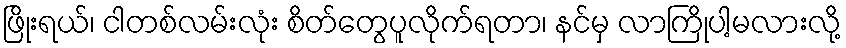
ဖြိုးရယ်၊ ငါတစ်လမ်းလုံး စိတ်တွေပူလိုက်ရတာ၊ နင်မှ လာကြိုပါ့မလားလို့